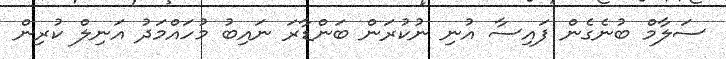
ސަލާމް ބުނެގެން ފައިސާ އުނި ނުކުރަން ބަންޑާރަ ނައިބު މުހައްމަދު އަނިލް ކުރިން